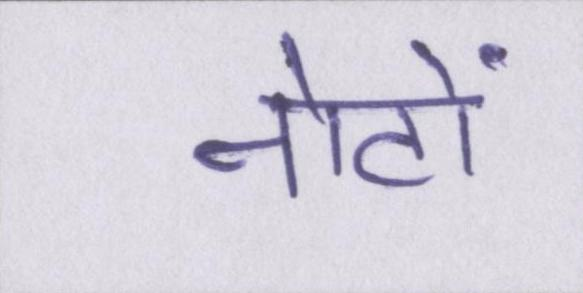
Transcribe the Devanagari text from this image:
नोटों